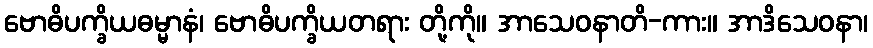
ဗောဓိပက္ခိယဓမ္မာနံ၊ ဗောဓိပက္ခိယတရား တို့ကို။ အာသေဝနာတိ-ကား။ အာဒိသေဝနာ၊